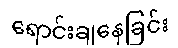
ရောင်းချနေခြင်း